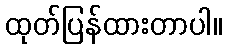
ထုတ်ပြန်ထားတာပါ။